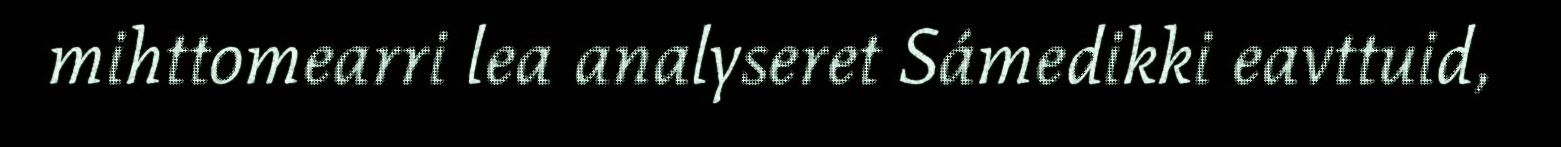
mihttomearri lea analyseret Sámedikki eavttuid,